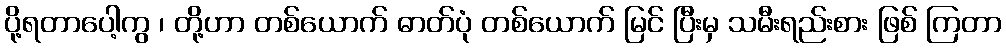
ပို့ရတာပေါ့ကွ ၊ တို့ဟာ တစ်ယောက် ဓာတ်ပုံ တစ်ယောက် မြင် ပြီးမှ သမီးရည်းစား ဖြစ် ကြတာ